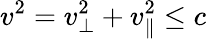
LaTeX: v^{2}=v_{\bot}^{2}+v_{\parallel}^{2}\leq c